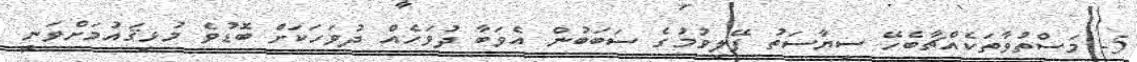
5- މަސްތުވާތަކެއްޗާބެހޭ ސިޔާސަތު ފޭލިވުމުގެ ސަބަބުން އެވަބާ ދުވަހެއް ދުވަހަކަށް ބޮޑުވެ މުޅިޤައުމަށްވަނީ